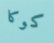
كوكا